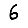
Digit: 6